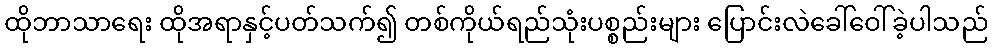
ထိုဘာသာရေး ထိုအရာနှင့်ပတ်သက်၍ တစ်ကိုယ်ရည်သုံးပစ္စည်းများ ပြောင်းလဲခေါ်ဝေါ်ခဲ့ပါသည်